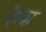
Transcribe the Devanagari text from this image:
रेन्श